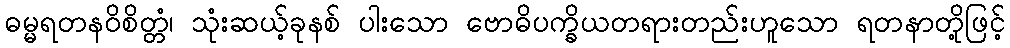
ဓမ္မရတနဝိစိတ္တံ၊ သုံးဆယ့်ခုနစ် ပါးသော ဗောဓိပက္ခိယတရားတည်းဟူသော ရတနာတို့ဖြင့်